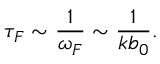
\tau _ { F } \sim \frac { 1 } { \omega _ { F } } \sim \frac { 1 } { k b _ { 0 } } .